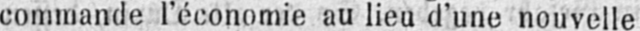
commande l’économie au lieu d’une nouvelle